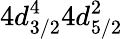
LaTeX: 4d_{3/2}^{4}4d_{5/2}^{2}